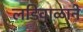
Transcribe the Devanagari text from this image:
लडिवाळाने